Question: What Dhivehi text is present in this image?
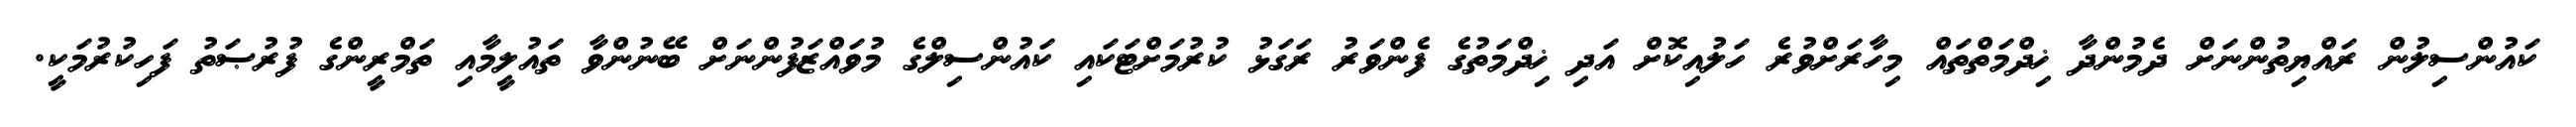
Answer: ކައުންސިލުން ރައްޔިތުންނަށް ދެމުންދާ ޚިދްމަތްތައް މިހާރަށްވުރެ ހަލުއިކޮށް އަދި ޚިދްމަތުގެ ފެންވަރު ރަގަޅު ކުރުމަށްޓަކައި ކައުންސިލްގެ މުވައްޒަފުންނަށް ބޭނުންވާ ތައުލީމާއި ތަމްރީންގެ ފުރުޞަތު ފަހިކުރުމަކީ.